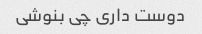
دوست داری چی بنوشی